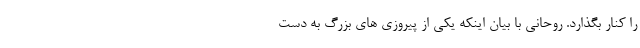
را کنار بگذارد. روحانی با بیان اینکه یکی از پیروزی های بزرگ به دست